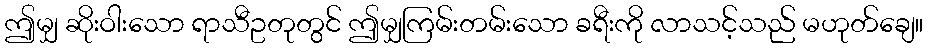
ဤမျှ ဆိုးဝါးသော ရာသီဥတုတွင် ဤမျှကြမ်းတမ်းသော ခရီးကို လာသင့်သည် မဟုတ်ချေ။